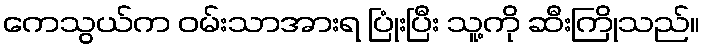
ကေသွယ်က ဝမ်းသာအားရ ပြုံးပြီး သူ့ကို ဆီးကြိုသည်။